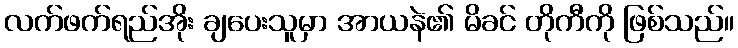
လက်ဖက်ရည်အိုး ချပေးသူမှာ အာယနဲ၏ မိခင် တိုကီကို ဖြစ်သည်။